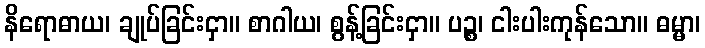
နိရောဓာယ၊ ချုပ်ခြင်းငှာ။ စာဂါယ၊ စွန့်ခြင်းငှာ။ ပဉ္စ၊ ငါးပါးကုန်သော။ ဓမ္မာ၊